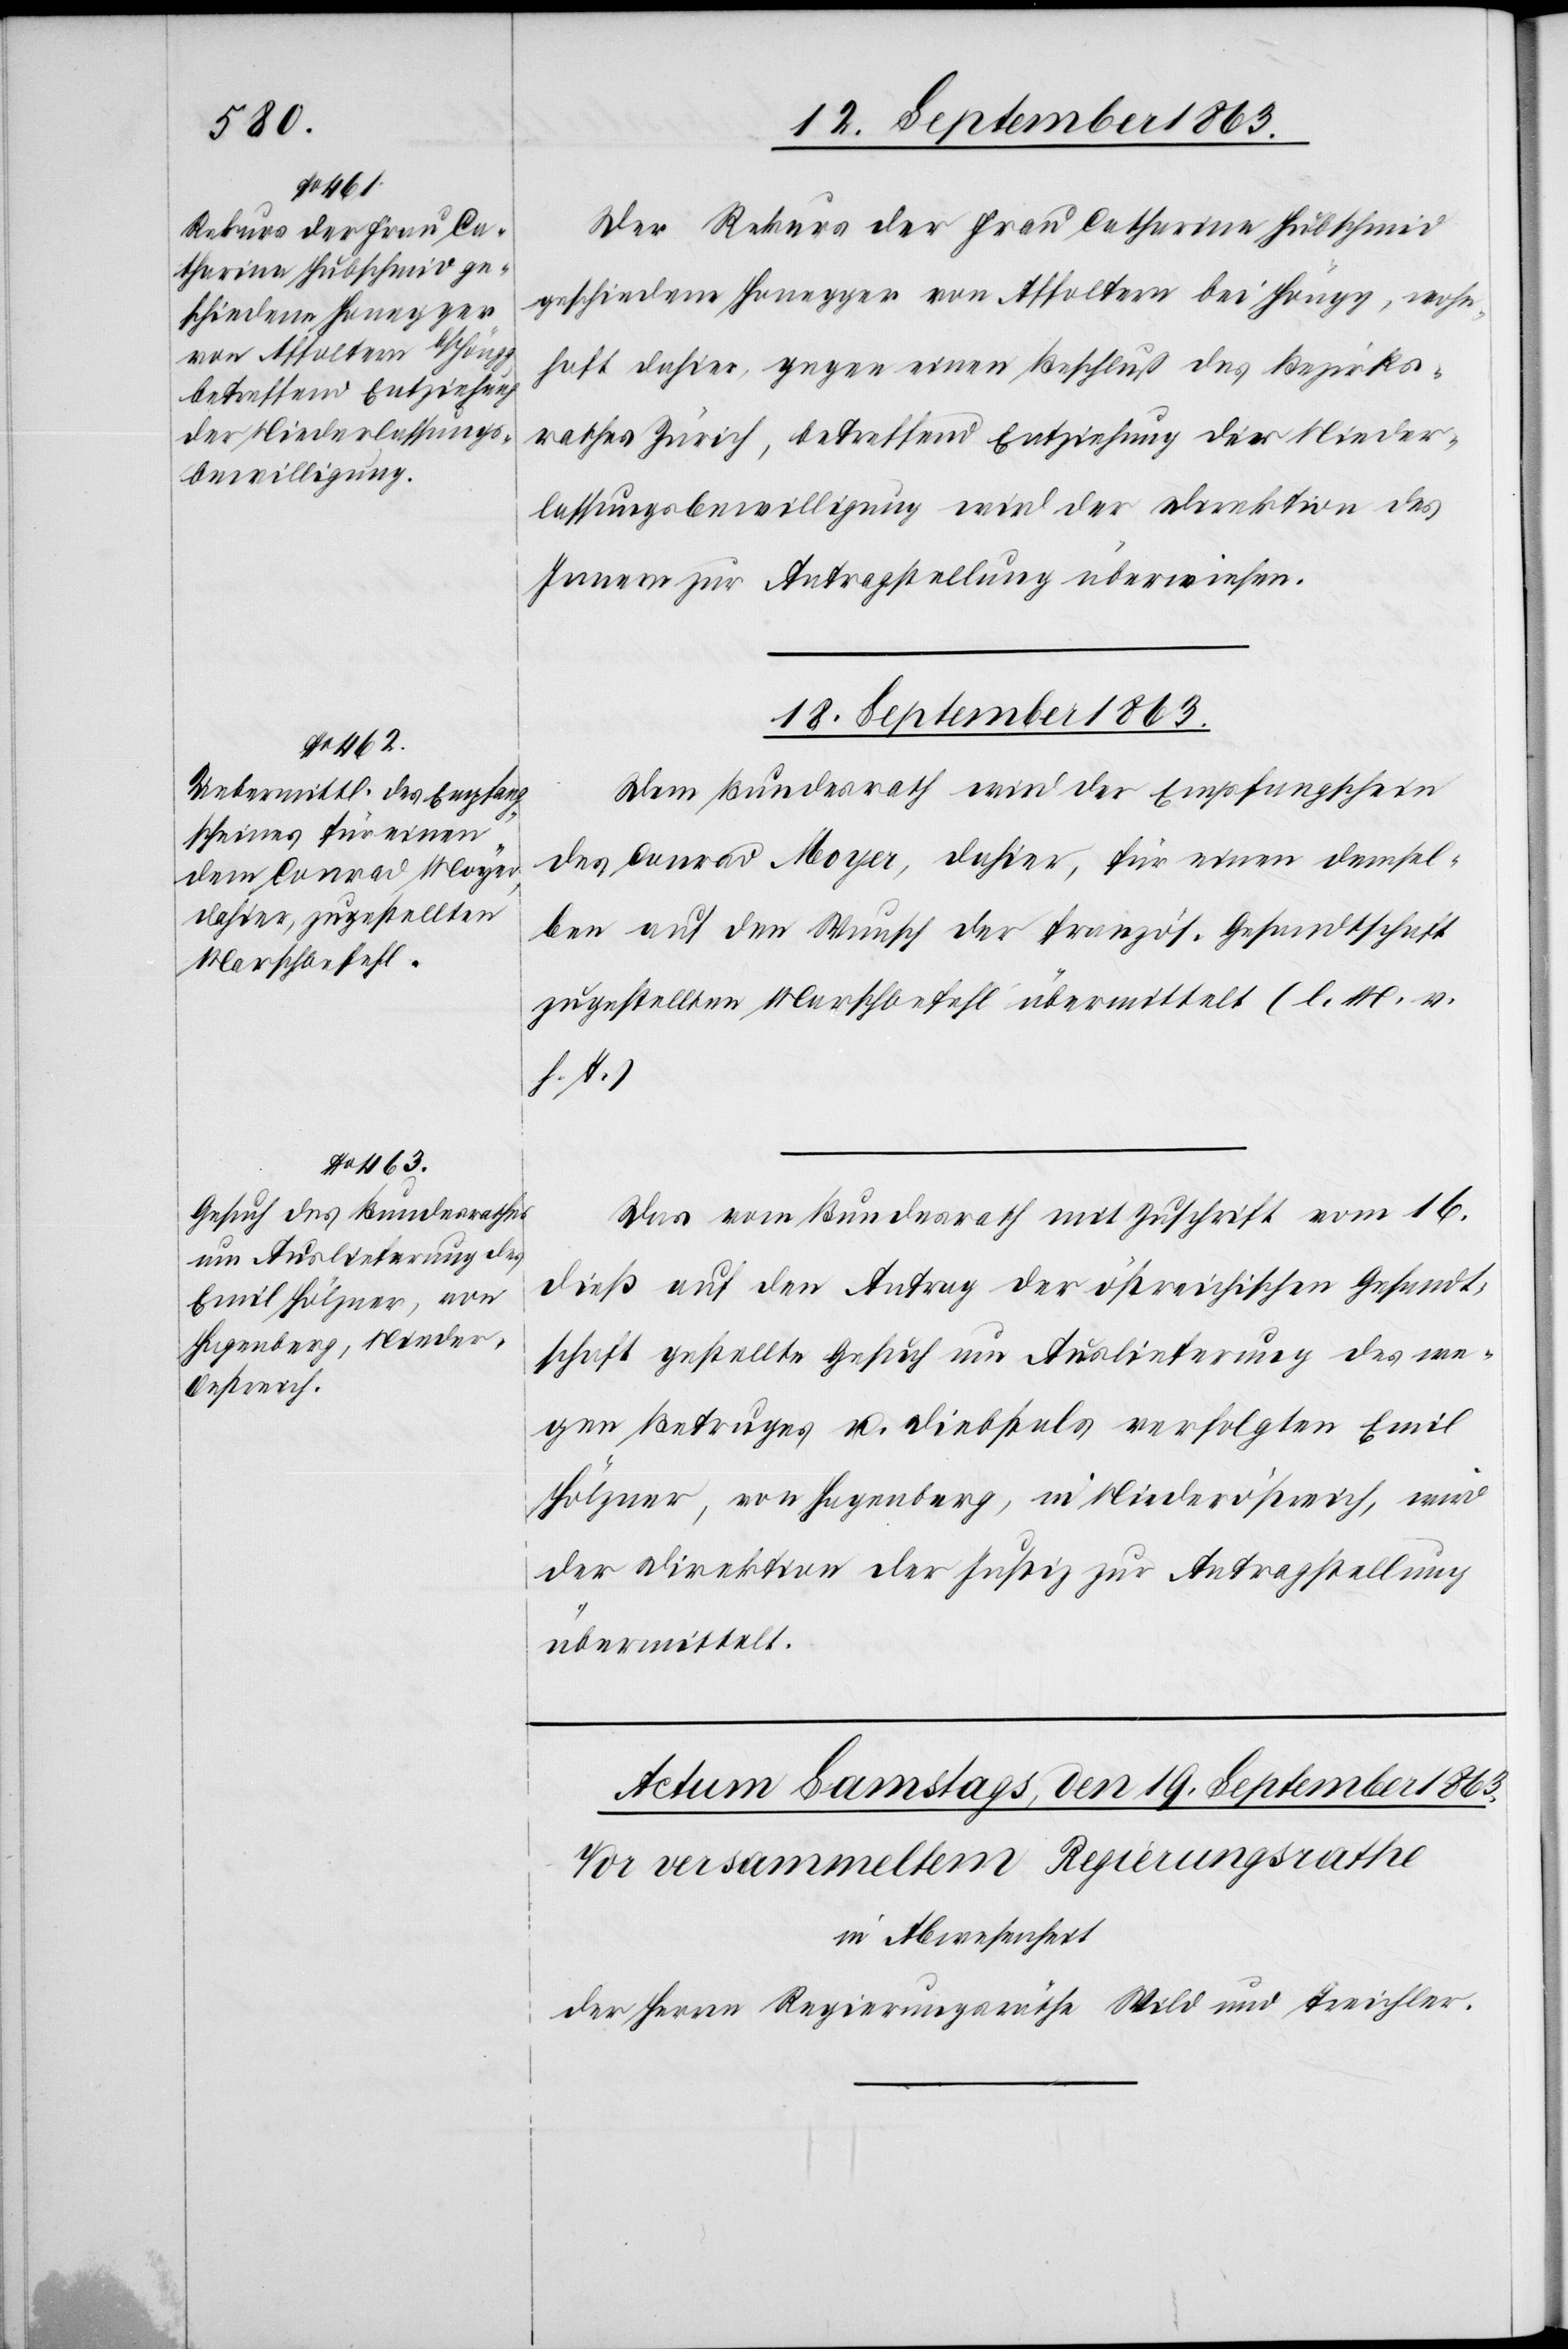
18. September 1863.]
Der Rekurs der Frau Catharina Hubschmid
geschiedene Honegger von Affoltern bei Höngg, wohn¬
haft dahier, gegen einen Beschluß des Bezirks¬
rathes Zürich, betreffend Entziehung der Nieder¬
lassungsbewilligung wird der Direktion des
Innern zur Antragstellung überwiesen.
Dem Bundesrath wird der Empfangschein
des Conrad Moyer, dahier, für einen demsel¬
ben auf den Wunsch der französ. Gesandtschaft
zugestellten Marschbefehl übermittelt (l. M. v.
h. T.)
Das vom Bundesrath mit Zuschrift vom 16.
dieß auf den Antrag der östreichischen Gesandt¬
schaft gestellte Gesuch um Auslieferung des we¬
gen Betruges u. Diebstals verfolgten Emil
Hölzner, von Hagenberg, in Niederöstreich, wird
der Direktion der Justiz zur Antragstellung
übermittelt.